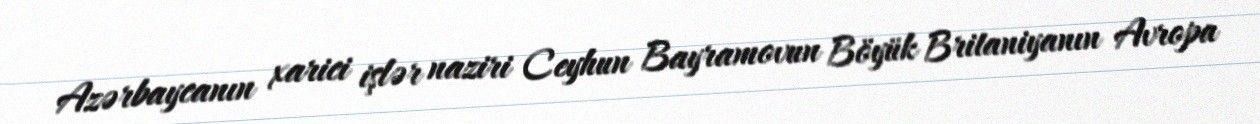
Azərbaycanın xarici işlər naziri Ceyhun Bayramovun Böyük Britaniyanın Avropa